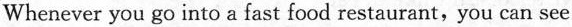
Whenever you go into a fast food restaurant，you can see